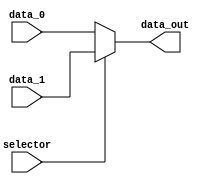
module mux_B(

    input  wire        selector,
    input  wire [31:0] data_0,
    input  wire [31:0] data_1,
    output wire [31:0] data_out

);

assign data_out = (selector) ? data_1 : data_0;

endmodule